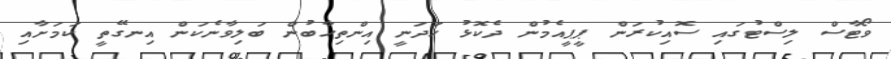
ވޯޓާސް ލިސްޓުގައި ސޮއިކުރަން ޕީޕީއެމުން ދެކޮޅު ހަދަނީ އިންތިހާބުން ބަލިވާނެކަން އިނގޭތީ ކަމަށާއި